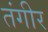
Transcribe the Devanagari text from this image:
तंगीर